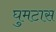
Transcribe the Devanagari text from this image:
घुमटास